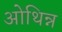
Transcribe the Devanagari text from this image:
ओथिन्न